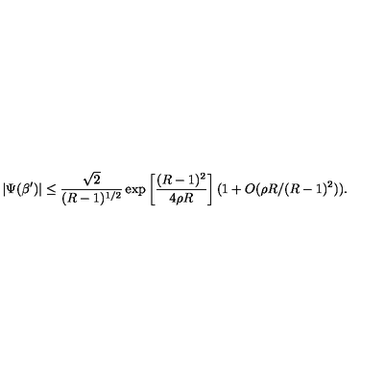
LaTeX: | \Psi ( \beta ^ { \prime } ) | \leq { \frac { \sqrt { 2 } } { ( R - 1 ) ^ { 1 / 2 } } } \exp \left[ { \frac { ( R - 1 ) ^ { 2 } } { 4 \rho R } } \right] ( 1 + O ( \rho R / ( R - 1 ) ^ { 2 } ) ) .